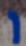
ו